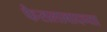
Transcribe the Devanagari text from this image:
फैसलाबादच्या